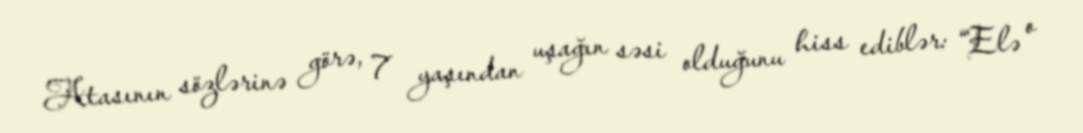
Atasının sözlərinə görə, 7 yaşından uşağın səsi olduğunu hiss ediblər: “Elə o